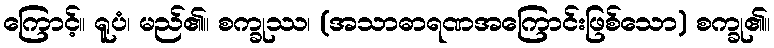
ကြောင့်။ ရူပံ၊ မည်၏။ စက္ခုဿ၊ (အသာဓာရဏအကြောင်းဖြစ်သော) စက္ခု၏။